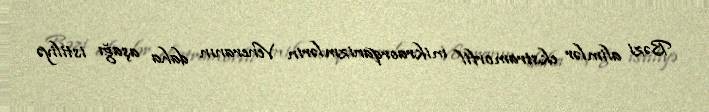
Bəzi alimlər ekstramorfil mikraorqanizmlərin Veneranın daha aşağı istiliyə